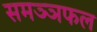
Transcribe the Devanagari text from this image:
समञ्ञफल